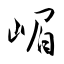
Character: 嵋